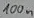
Text: 100n